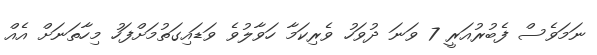
ނަމަވެސް ފެބުރުއަރީ 7 ވަނަ ދުވަހު ވެރިކަމާ ހަވާލުވެ ވަޑައިގަތުމަށްފަހު މިހާތަނަށް އެއް